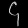
Digit: ၄